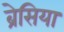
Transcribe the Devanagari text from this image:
ब्रेसिया